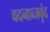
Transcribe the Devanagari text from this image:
वदनाब्जवृंद